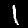
Label: 1